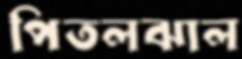
পিতলঝাল